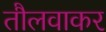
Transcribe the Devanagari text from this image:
तौलवाकर